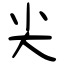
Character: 尖